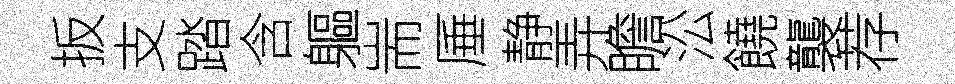
扳支踏含軀耑厜静弄瞻㳂饒襲荐